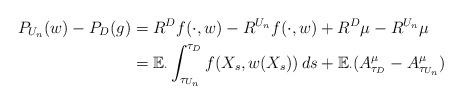
LaTeX: \begin{align*}P_{U_n}(w)-P_{D}(g)&=R^Df(\cdot,w)-R^{U_n}f(\cdot,w)+R^D\mu-R^{U_n}\mu\\&=\mathbb E_\cdot \int_{\tau_{U_n}}^{\tau_D}f(X_s,w(X_s))\,ds+\mathbb E_\cdot (A^\mu_{\tau_D}-A^\mu_{\tau_{U_n}})\quad\end{align*}